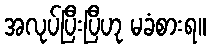
အလုပ်ပြီးပြီဟု မခံစားရ။